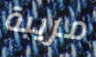
مريبة